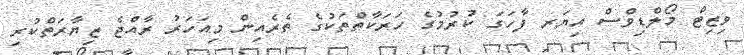
ވިޒިޓް މޯލްޑިވްސް އިޔަރ ފާހަގަ ކުރުމުގެ ހަރަކާތްތަކުގެ ތެރެއިން މިއަހަރު ރާއްޖެ ޒިޔާރަތްކުރި